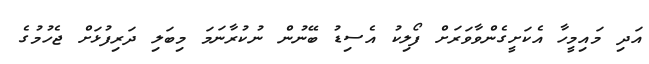
އަދި މައިމީހާ އެކަށީގެންވާވަރަށް ފޯލިކު އެސިޑު ބޭނުން ނުކުރާނަމަ މިބަލި ދަރިފުޅަށް ޖެހުމުގެ